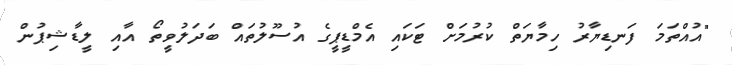
"އުއްތަމަ ފަނޑިޔާރު ހިމާޔަތް ކުރުމަށް ޓަކައި އެމްޑީޕީގެ އުސޫލުތައް ބަދަލުވީތޯ އާއި ލީޑާޝިޕުން